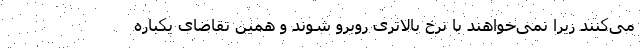
می‌کنند زیرا نمی‌خواهند با نرخ بالاتری روبرو شوند و همین تقاضای یکباره